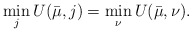
\begin{align*}\min_{j} U(\bar{\mu},j) = \min_{\nu} U(\bar{\mu},\nu).\end{align*}